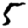
Digit: 5